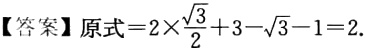
【答案】原式\(=2\times\frac{\sqrt{3}}{2}+3 - \sqrt{3}-1 = 2\)